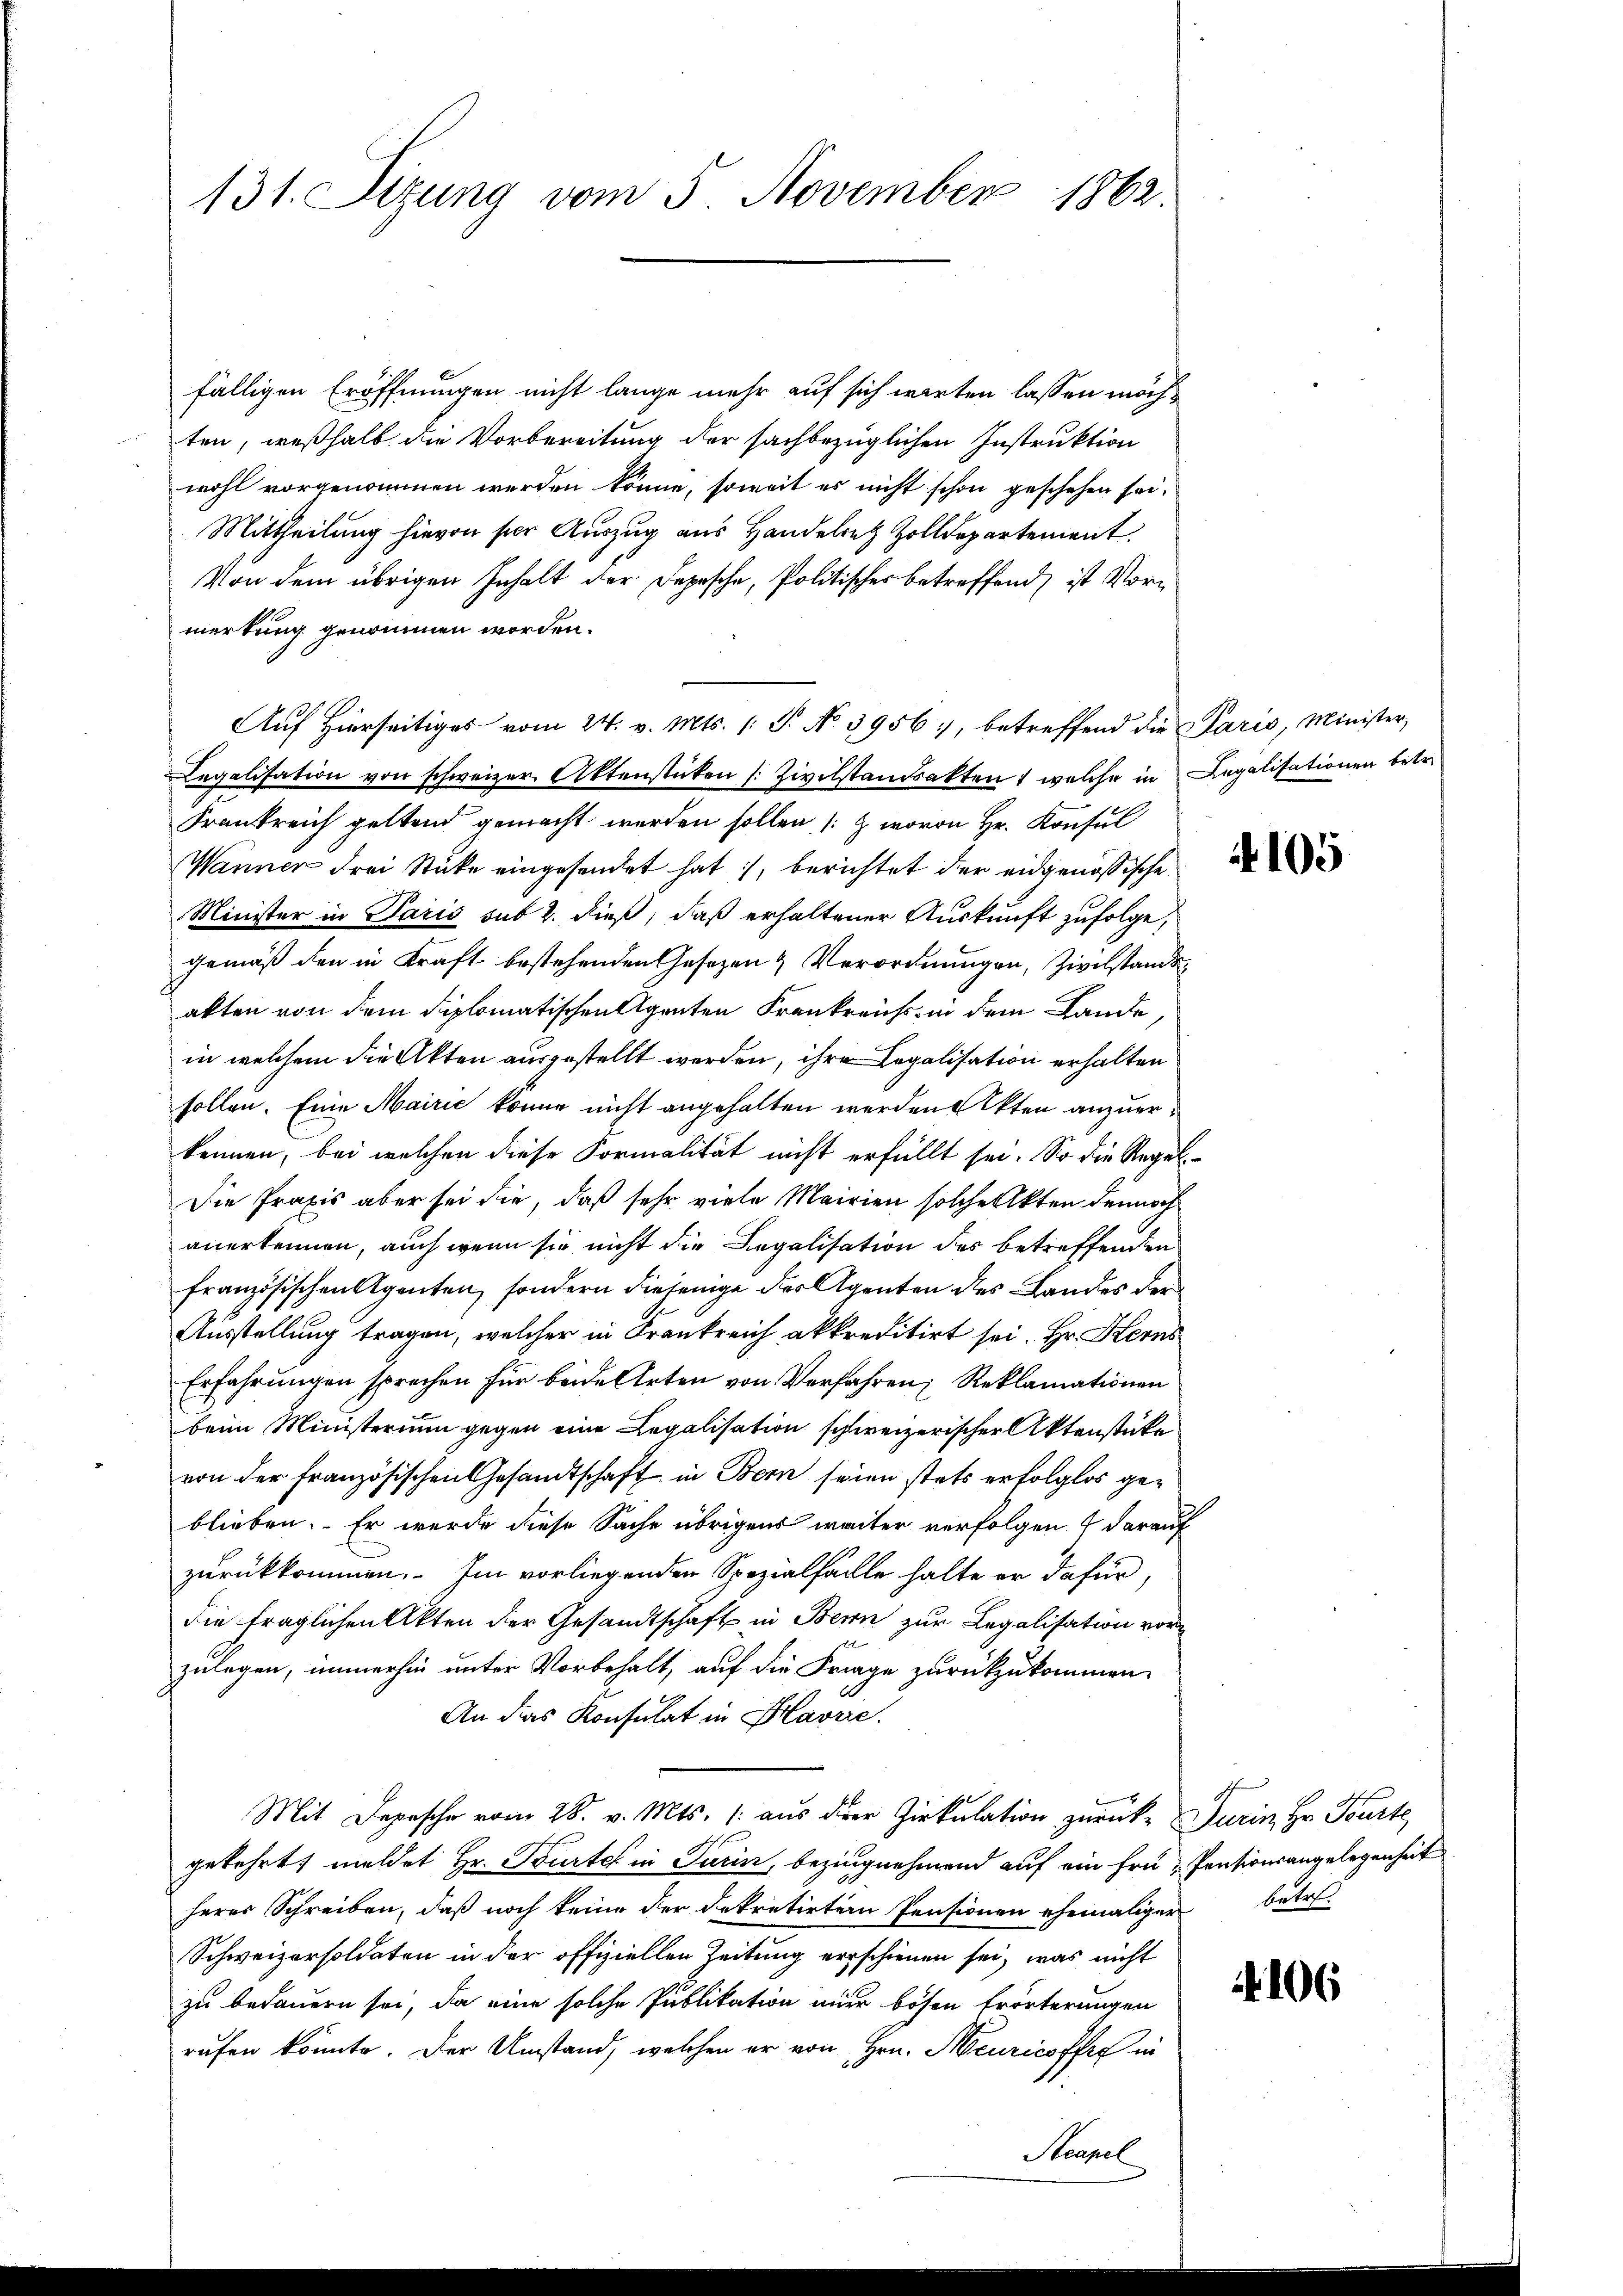
131. Sizung vom 5. November 1862.

fälligen Eröffnungen nicht lange mehr auf sich warten lassen möchten, weßhalb die Vorbereitung der sachbezüglichen Instruktion
wohl vorgenommen werden könne, soweit es nicht schon geschehen sei¬
Mittheilung hievon sie Auszug aus Handelretz Zolldepartement.
Von dem übrigen Inhalt der Depesche, Politischer betreffend, ist Vormerkung genommen worden.
Auf Hierseitiges vom 24. v. Mts. (T. No. 3956, betreffend die Paris, Minister
Legalisation von schweizer Aktenstücken (Zivilstandsakten, welche in Legalisationen betr.
Frankreich geltend gemacht werden sollen (wovon Hr. Konsul
Wänner drei Stücke eingesandet hat, berichtet der eidgenößische
Minister in Paris sub 2. dieß, daß erhaltener Auskunft zufolge,
gemäß den in Kraft bestehenden Gesetzen & Verordnungen, Zivilstande
akten von dem diplomatischen Agenten Frankreich in dem Lande,
in welchem die Akten ausgestellt werden, ihre Legalisation erhalten
sollen. Eine Mairić könne nicht angehalten werden Akten anzuerkennen, bei welchen diese Formalität nicht erfüllt sei. So die Regel-
Die Praxis aber sei die, daß sehr viele Mairien solche Akten dennoch
anerkennen, auch wenn sie nicht die Legalisation des betreffenden
französischen Agenten, sondern diejenige der Agenten des Landes der
Ausstellung tragen, welcher in Frankreich akkreditirt sei. Hr. Herns
Erfahrungen sprechen für beide Arten von Verfahren; Reklamationen
beim Ministerium gegen eine Legalisation schweizerischer Aktenstücke
von der französischen Gesandtschaft in Bern seien stets erfolglos geblieben. Er wurde diese Sache übrigens weiter verfolgen & darauf
zurückkommen. Im vorliegenden Spezialfalle halte er dafür,
die fraglichen Akten der Gesandtschaft in Bern zur Legalisation vor
zulegen, immerhin unter Vorbehalt, auf die Frage zurückzukommen.
An das Konsulat in Havrie.
Mit Depesche vom 28. v. Mts. (aus der Zirkulation zurücke Turin, Hr. Tourte
gekehrt, meldet Hr. Tourtel in Turin, bezingnehmend auf ein Frü "Pensionsangelegenheit
herer Schreiben, daß noch keine der dekretirtern Pensionen ehemaliger betr
Schweizersoldaten in der offiziellen Zeitung errschienen sei, was nicht
zu bedauern sei, da eine solche Publikation mier bösen Erörterungen
rufen könnte. Der Umstand, welchen er von Hrn. Heuricoffes in

4105

106